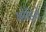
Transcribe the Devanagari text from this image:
छोड़िये